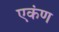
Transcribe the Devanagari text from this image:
एकंण